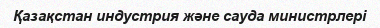
Қазақстан индустрия және сауда министрлері